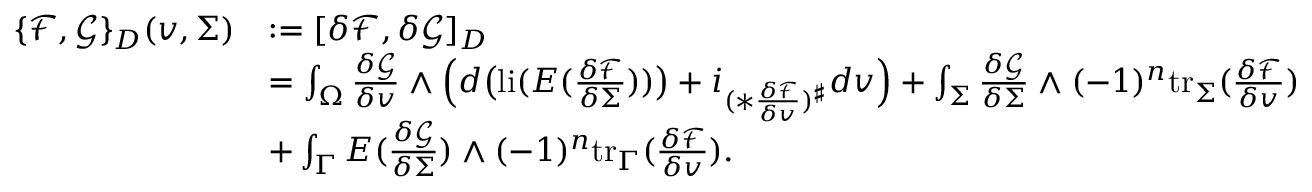
\begin{array} { r l } { \{ \mathcal { F } , \mathcal { G } \} _ { D } ( v , \Sigma ) } & { : = [ \delta \mathcal { F } , \delta \mathcal { G } ] _ { D } } \\ & { = \int _ { \Omega } \frac { \delta \mathcal { G } } { \delta v } \wedge \Big ( d \big ( \mathrm { l i } ( E ( \frac { \delta \mathcal { F } } { \delta \Sigma } ) ) \big ) + i _ { ( \ast \frac { \delta \mathcal { F } } { \delta v } ) ^ { \sharp } } d v \Big ) + \int _ { \Sigma } \frac { \delta \mathcal { G } } { \delta \Sigma } \wedge ( - 1 ) ^ { n } \mathrm { t r } _ { \Sigma } ( \frac { \delta \mathcal { F } } { \delta v } ) } \\ & { + \int _ { \Gamma } E ( \frac { \delta \mathcal { G } } { \delta \Sigma } ) \wedge ( - 1 ) ^ { n } \mathrm { t r } _ { \Gamma } ( \frac { \delta \mathcal { F } } { \delta v } ) . } \end{array}